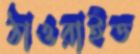
ঠাওরাইত